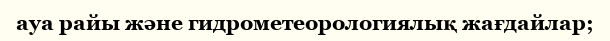
ауа райы және гидрометеорологиялық жағдайлар;